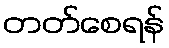
တတ်စေရန်